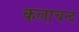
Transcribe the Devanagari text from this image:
कलाचन्द